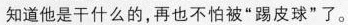
知道他是干什么的，再也不怕被”踢皮球”了。